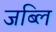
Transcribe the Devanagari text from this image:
जब्लि